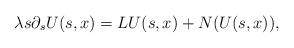
LaTeX: \begin{align*}\lambda s \partial_s U(s,x) = L U(s,x) + N(U(s,x)),\end{align*}